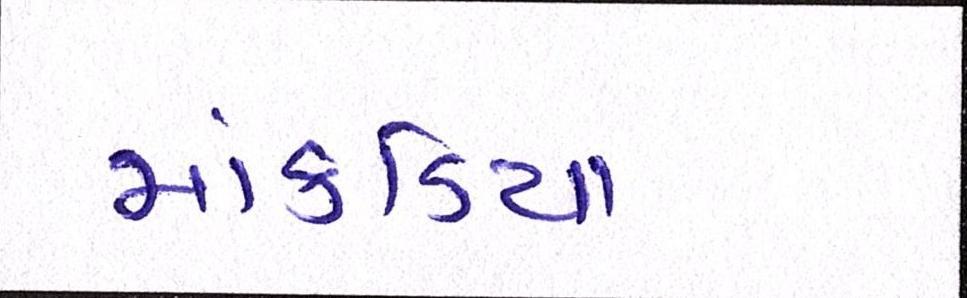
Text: માંકડિયા